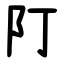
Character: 䦺